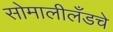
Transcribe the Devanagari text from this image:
सोमालीलँडचे